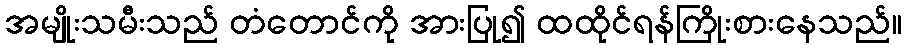
အမျိုးသမီးသည် တံတောင်ကို အားပြု၍ ထထိုင်ရန်ကြိုးစားနေသည်။